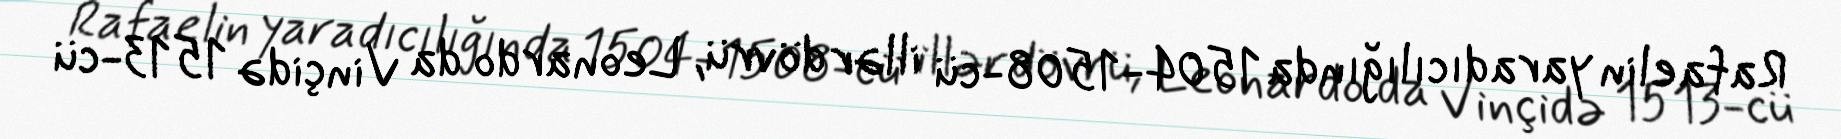
Rafaelin yaradıcılığında 1504-1508-cü illər dövrü, Leonardo da Vinçidə 1513-cü